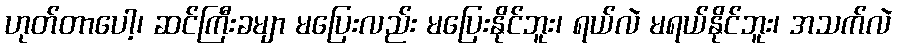
ဟုတ်တာပေါ့၊ ဆင်ကြီးခမျာ မပြေးလည်း မပြေးနိုင်ဘူး၊ ရယ်လဲ မရယ်နိုင်ဘူး၊ အသက်လဲ